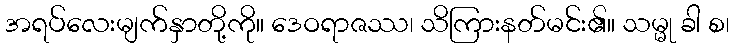
အရပ်လေးမျက်နှာတို့ကို။ ဒေဝရာဇဿ၊ သိကြားနတ်မင်း၏။ သမ္မု ခါ စ၊